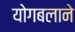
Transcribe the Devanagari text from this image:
योगबलाने